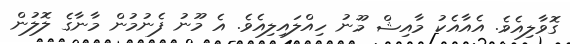
ގޮވާލިއެވެ. އެއާއެކު މާއިޝް މޫނު ހިއްލައިލިއެވެ. އެ މޫނު ފެނުމުން މާނާގެ ލޮލުން